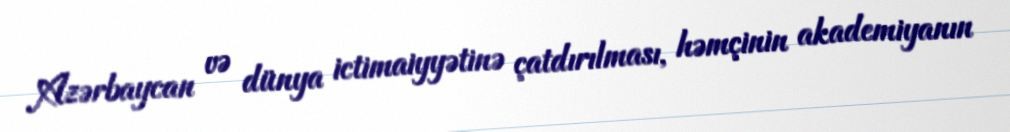
Azərbaycan və dünya ictimaiyyətinə çatdırılması, həmçinin akademiyanın